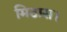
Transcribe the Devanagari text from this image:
मिठास।